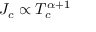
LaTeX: { J } _ { c } \propto T _ { c } ^ { \alpha + 1 }